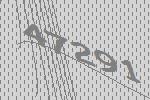
47291